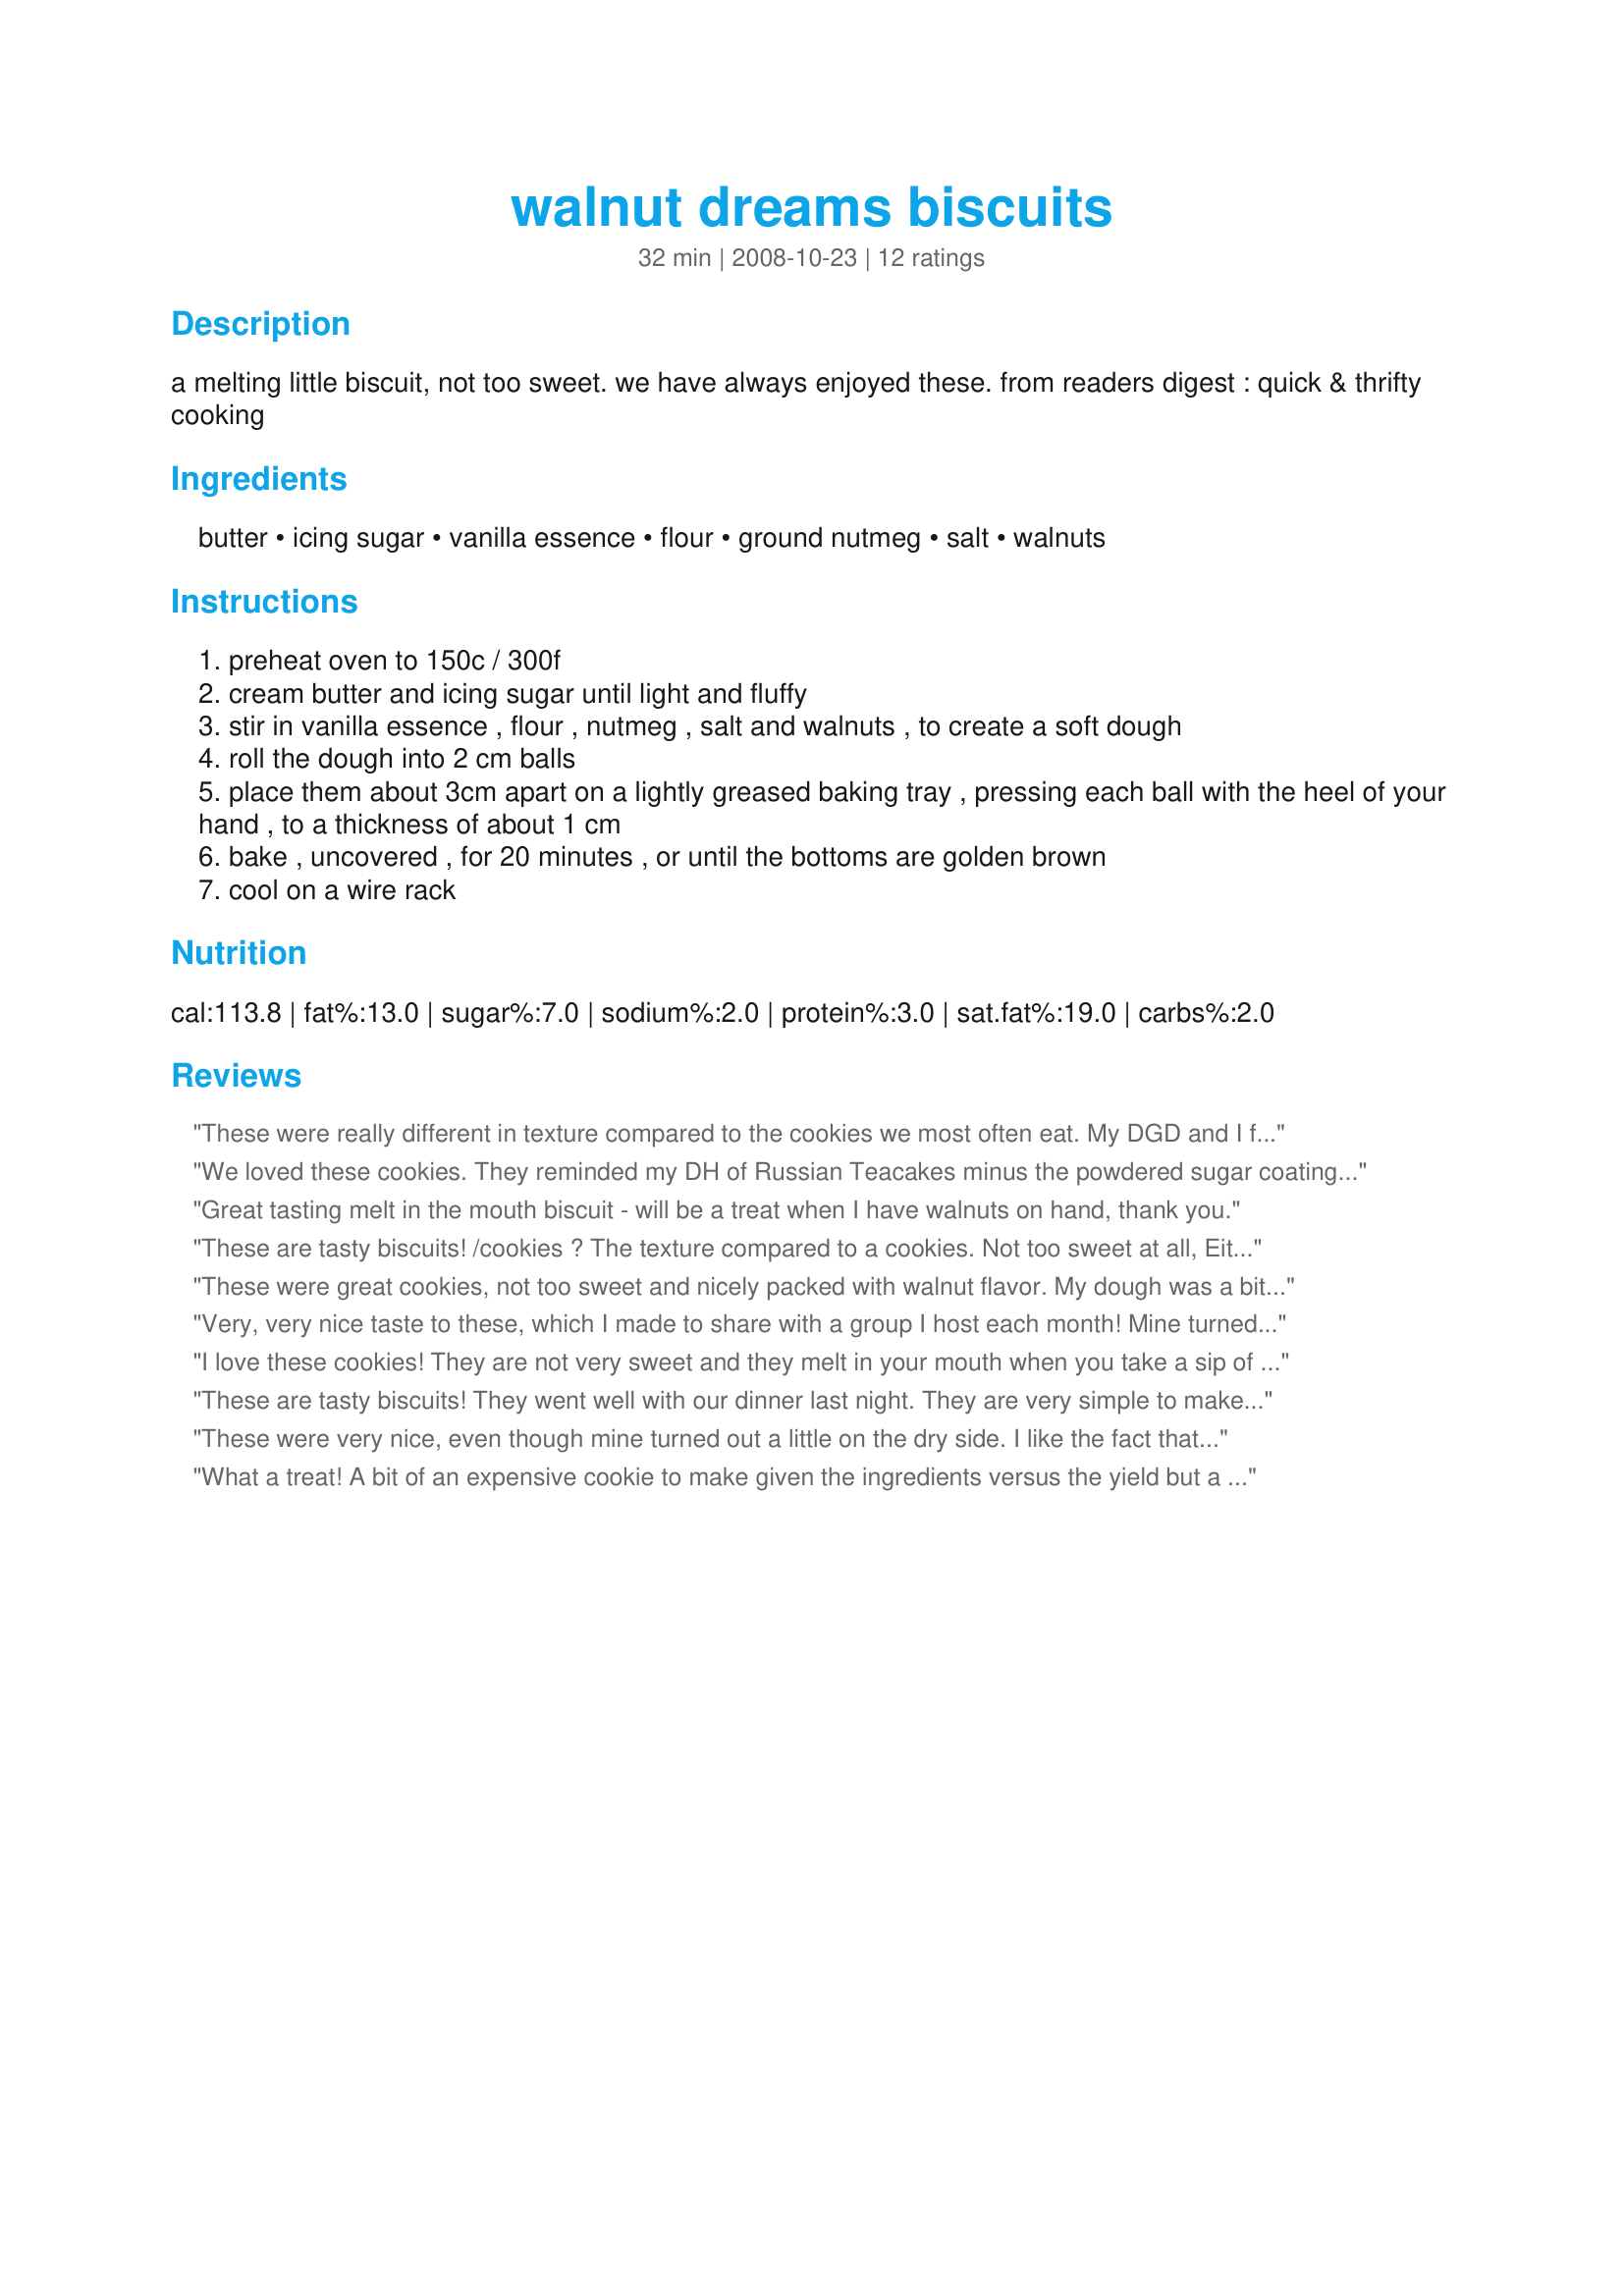
walnut dreams biscuits
Preparation time: 32 minutes

a melting little biscuit, not too sweet. we have always enjoyed these.

from readers digest : quick & thrifty cooking

Ingredients:
butter, icing sugar, vanilla essence, flour, ground nutmeg, salt, walnuts

Steps:
preheat oven to 150c / 300f
cream butter and icing sugar until light and fluffy
stir in vanilla essence , flour , nutmeg , salt and walnuts , to create a soft dough
roll the dough into 2 cm balls
place them about 3cm apart on a lightly greased baking tray , pressing each ball with the heel of your hand , to a thickness of about 1 cm
bake , uncovered , for 20 minutes , or until the bottoms are golden brown
cool on a wire rack

Reviews:
These were really different in texture compared to the cookies we most often eat. My DGD and I felt that these would have been even better if we had used granulated sugar instead of powdered sugar. We would have liked it to have a little bit of a crusty edge and also perhaps they would have browned better. I baked mine for 22 minutes in my new convection oven. They never got brown. My DGD said they were good, about 41/2 stars. Thank you for an unusual cooky. Made for PAC Spring 2012.
We loved these cookies. They reminded my DH of Russian Teacakes minus the powdered sugar coating. They reminded me of Keebler Pecan Sandies. Either way - they went like hotcakes! Made for the June 2009 Aussie/NZ recipe swap. Thanks for sharing. :)
Great tasting melt in the mouth biscuit - will be a treat when I have walnuts on hand, thank you.
These are tasty biscuits! /cookies ? The texture compared to a cookies. Not too sweet at all, Either way - they went fast an hour later they were all gone. We really do love walnuts and will make these again. In my recipe box they will go. But fist I have to baked a double batch! Than I can do my happy food dance!! Thank You ! PRMR 2013....Grpa
These were great cookies, not too sweet and nicely packed with walnut flavor. My dough was a bit dry, so I think I will try using granulated sugar next time, to see if it helps with the dry texture of my cookies. But I really do love walnuts and will make these again. Thank you for sharing your recipe, Karen Elizabeth. Made for Fall 2011 Pick-A-Chef event.
Very, very nice taste to these, which I made to share with a group I host each month! Mine turned out just great after baking them for just a hair over 18 minutes! Also found them very good slightly crumbled over a serving of frozen vanilla yogurt that was topped with some homemade peach sauce! [Tagged, made & reviewed for one of my Vegetarian swapmates in the Vegetarian/Vegan Recipe Swap #7]
I love these cookies! They are not very sweet and they melt in your mouth when you take a sip of of coffee. Gotta love that :D. I used pastry flour, Splenda for the sugar and mace for the nutmeg (just because I like it). I was just going to say that mine were rather dry however I just noticed while typing that it was totally my own fault. I made a half recipe and while I halved all of the other ingredients for some reason I used the full cup of flour!! I'm shocked and pleased that they came out so well, wow, fabulous recipe. At 24 mins in the oven they were baked and browning on the bottoms but not colored on top. Went ahead and took them out and they are simply grand. Kind of a cross between a sandie and shortbread in taste and texture (of course I did mess up and double the flour so that might be where the shortbread likeness came from. Anyway, they are great tasting and very forgiving cookies. Give them a try.
These are tasty biscuits! They went well with our dinner last night. They are very simple to make and the slight sweetness is lovely.
These were very nice, even though mine turned out a little on the dry side. I like the fact that they are not real sweet. Great flavor and easy to put together. thanks Made for Tic-Tac-Toe
What a treat! A bit of an expensive cookie to make given the ingredients versus the yield but a wonderful occassional cookie. These are wonderful with a cup of coffee or tea in the afternoon. I dusted mine with powdered sugar after seeing Annacia's beautiful photo and think that it is the perfect addition to these cookies.
Loved these biscuits! I used a ready blended gluten-free flour (Orgran brand) in place of the wheat flour to make these cookies suitable for my gluten-free diet. Worked beautifully. I processed the walnuts in my Bamix mini-mill.....perhaps a little too fine...though worked great still. I think the walnuts would also be good if hand chopped and slightly less processed too. These biscuits did have a real 'melt-in-the-mouth' texture and perfect served with coffee. Very delicate. Served lightly dusted with extra icing (confectioners) sugar. The biscuits did take longer in my oven and were very lightly browned underneath and not as much on top.....perhaps something to do with the gluten-free flour used. Surprisingly these biscuits had only a slightly sweet nutty taste....not as walnutty flavoured as I had expected. Would definitely make these again. Photo also to be posted Editted to add- these biscuits taste even better the next day......I'm so pleased that I baked a double batch :)
These are so very similar to Russian tea cakes and/or Mexican wedding cookies - one of my favorites! Subbing the icing sugar for granulated sugar, I followed as written, and shared them with my friend&#039;s mom, who loves a sweet treat, but can&#039;t have too much sugar! Thanks for sharing them, Karen Elizabeth!
